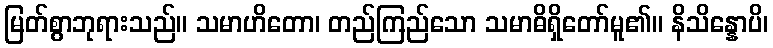
မြတ်စွာဘုရားသည်။ သမာဟိတော၊ တည်ကြည်သော သမာဓိရှိတော်မူ၏။ နိသိန္နောပိ၊